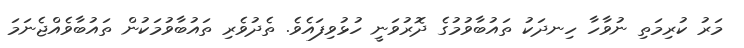
މަރު ކުރިމަތި ނުވާހާ ހިނދަކު ތައުބާވުމުގެ ދޮރުވަނީ ހުޅުވިފައެވެ. ތެދުވެރި ތައުބާވުމަކުން ތައުބާވެއްޖެނަމަ